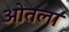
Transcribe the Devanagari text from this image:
ओतला